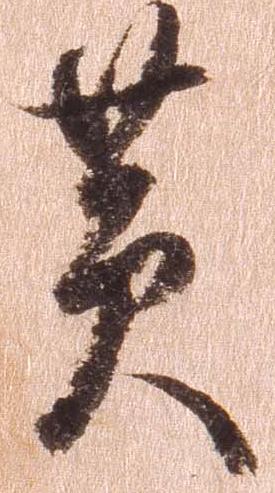
黄